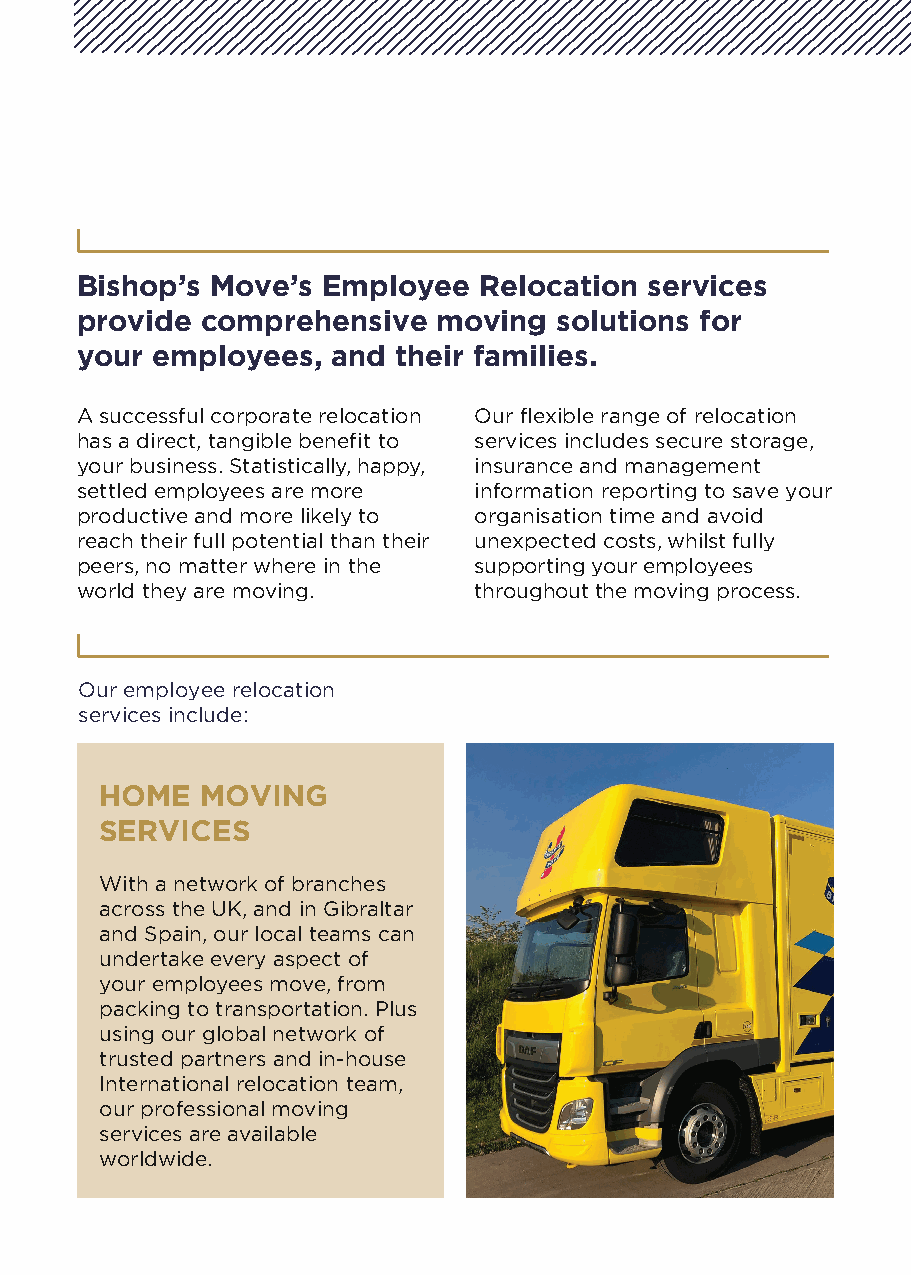
Bishop’s Move’s Employee   Relocation services
 provide comprehensive   moving  solutions for
 your employees,  and their families.
 A successful corporate relocation Our flexible range of relocation
 has a direct, tangible benefit to services includes secure storage,
 your business. Statistically, happy, insurance and management
 settled employees are more information reporting to save your
 productive and more likely to organisation time and avoid
 reach their full potential than their unexpected costs, whilst fully
 peers, no matter where in the supporting your employees
 world they are moving.    throughout the moving process.
 Our employee relocation
 services include:
 HOME  MOVING
 SERVICES
 With a network of branches
 across the UK, and in Gibraltar
 and Spain, our local teams can
 undertake every aspect of
 your employees move, from
 packing to transportation. Plus
 using our global network of
 trusted partners and in-house
 International relocation team,
 our professional moving
 services are available
 worldwide.